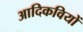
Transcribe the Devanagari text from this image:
आदिकवियों